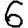
Digit: 6